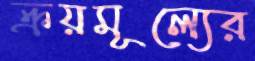
ক্রয়মূল্যের